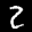
Digit: 2